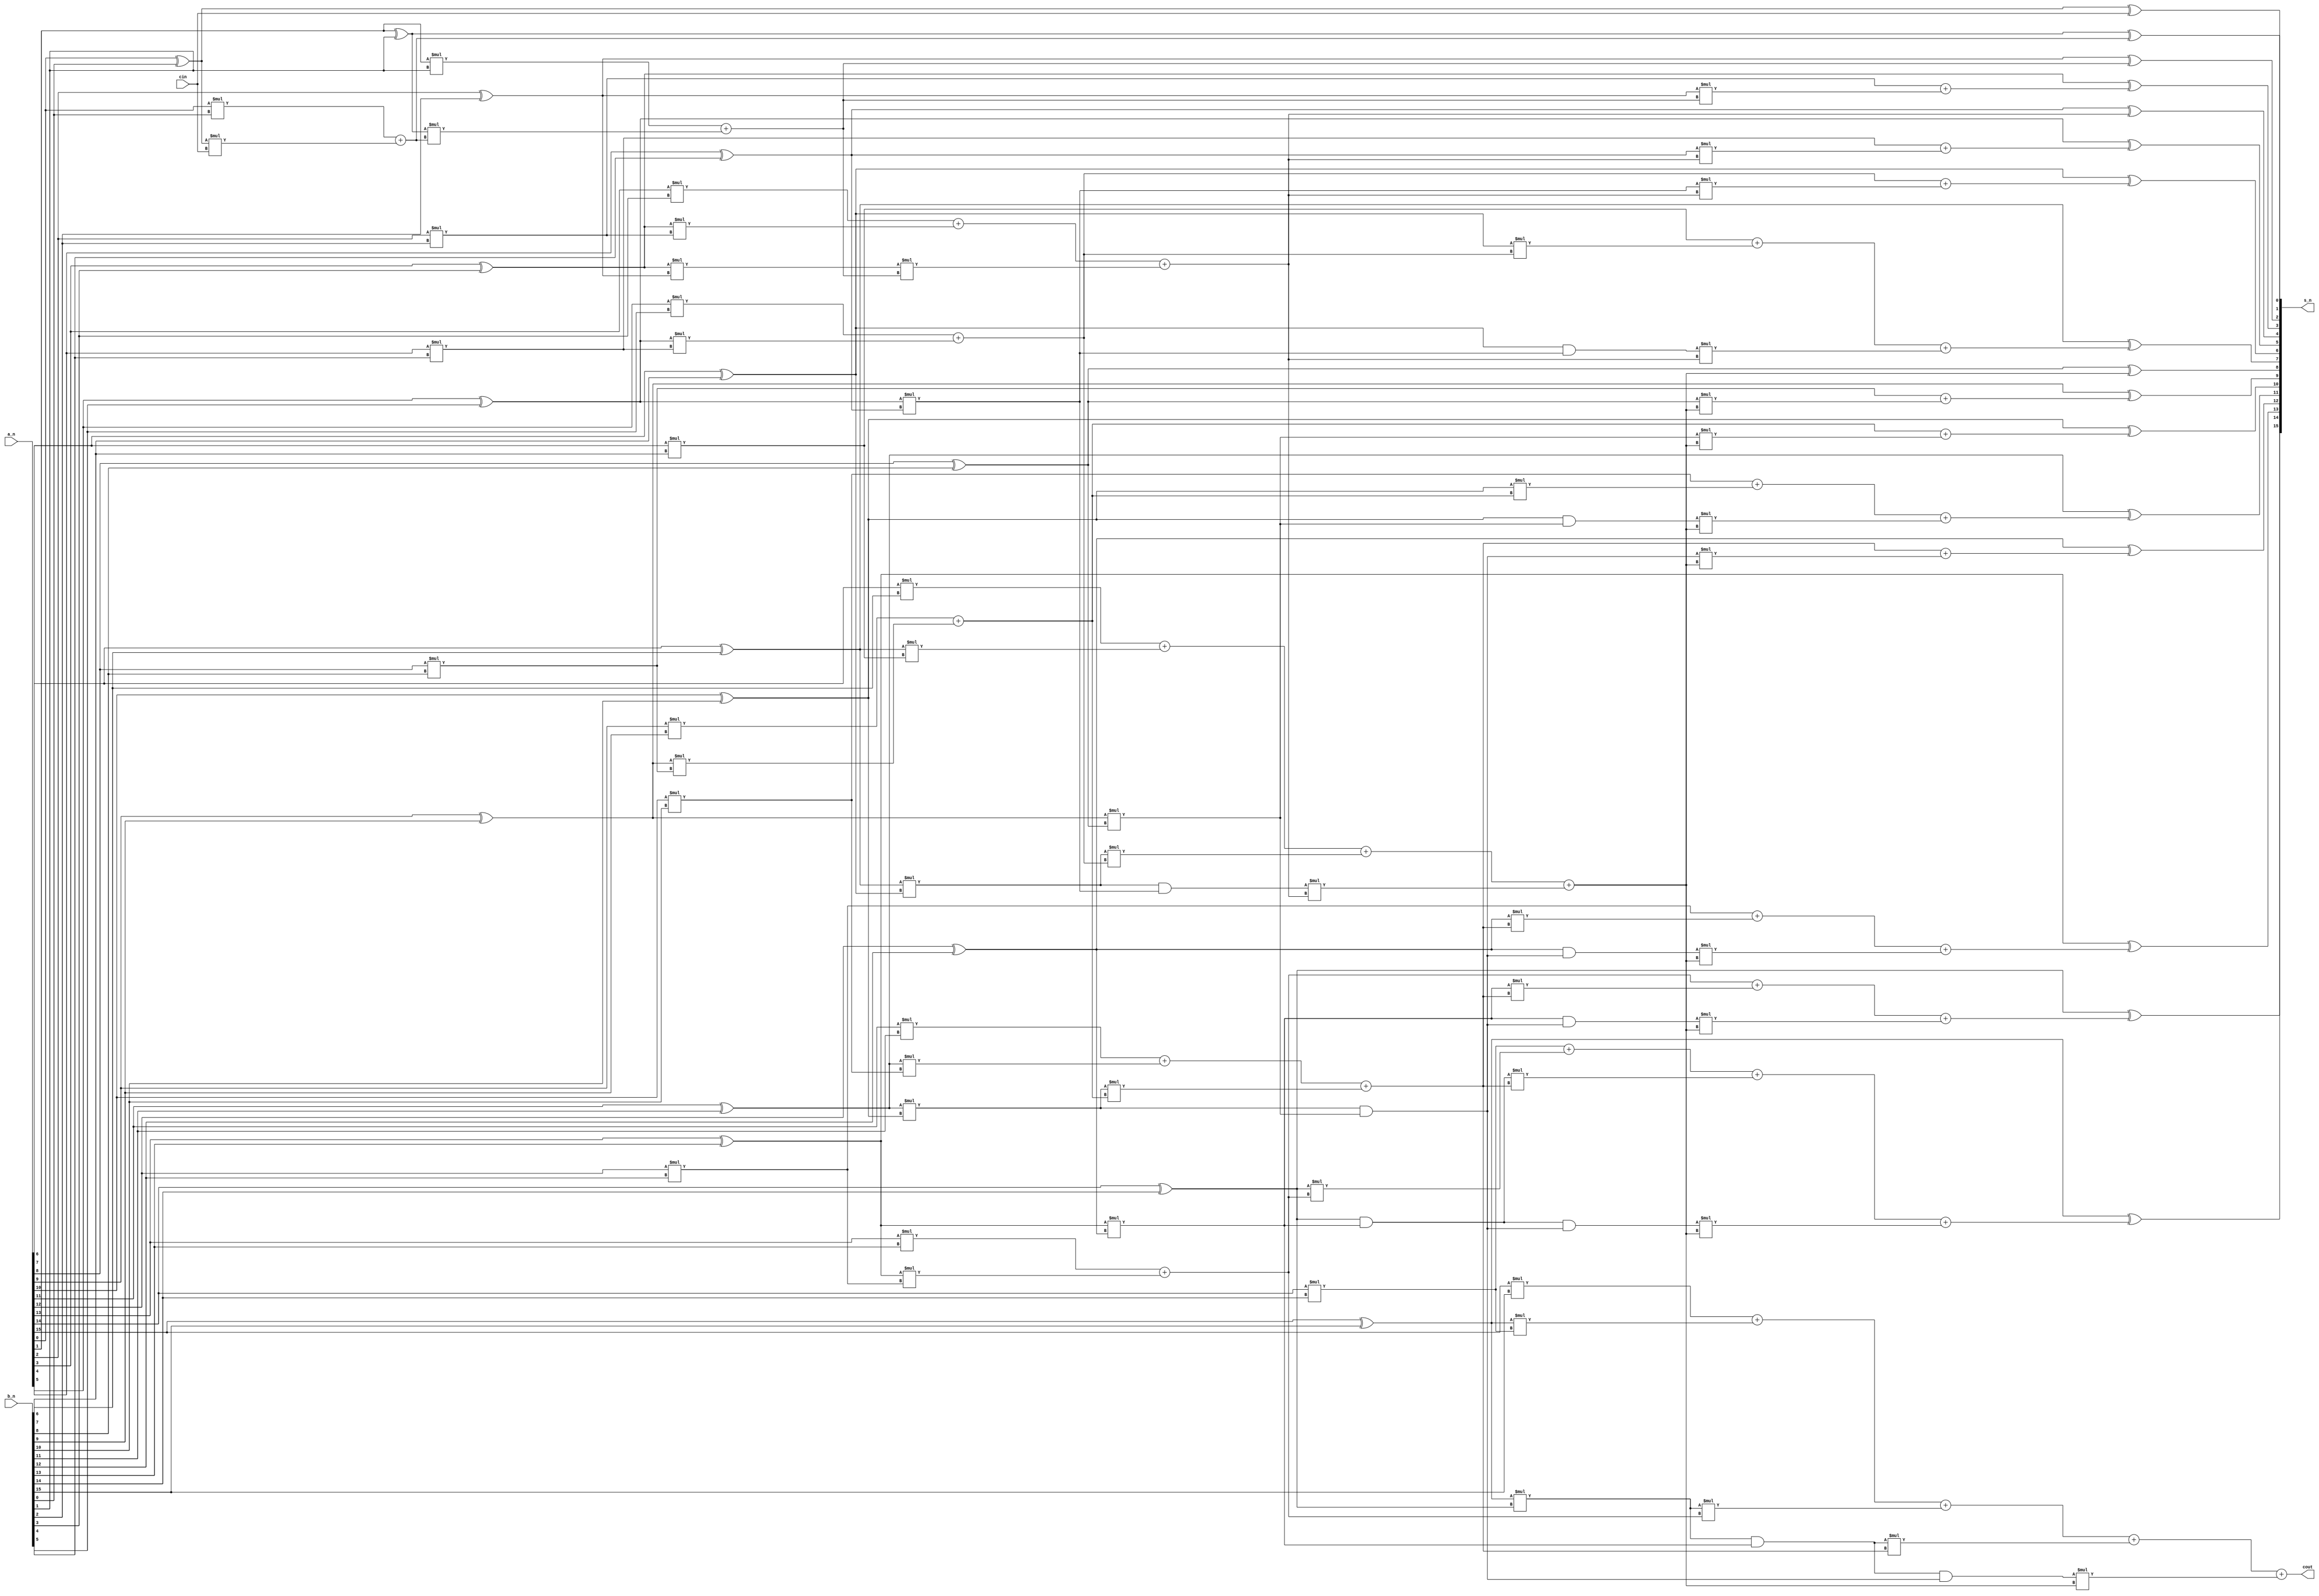
module SKadder_16
#(parameter width = 16)
(
    input [width-1 :0] a_n,
    input [width-1:0] b_n,
    input cin,
    output [width-1:0] s_n,
    output cout
);
genvar i;
wire [width-1:0] g;
wire [width-1:0] p;

//PG
//Gij
wire gij15_14;//gij
wire gij15_12;//gij
wire gij15_8;//gij

wire gij14_12;
wire gij14_8;

wire gij13_12;
wire gij13_8;

wire gij12_8;

wire gij11_10;//gij
wire gij11_8;//gij

wire gij10_8;

wire gij9_8;//gij

wire gij7_6;//gij
wire gij7_4;//gij

wire gij5_4;//gij
wire gij3_2;//gij

wire gij2_1;
//C
wire [width:0] c;//gij
//pij
wire pij15_14;//gij
wire pij15_12;//gij
wire pij15_8;//gij
         
wire pij14_12;
wire pij14_8;
         
wire pij13_12;
wire pij13_8;
         
wire pij12_8;
         
wire pij11_10;//gij
wire pij11_8;//gij
         
wire pij10_8;
         
wire pij9_8;//gij
         
wire pij7_6;//gij
wire pij7_4;//gij
         
wire pij5_4;//gij
wire pij3_2;//gij

//cin
for (i = 0;i<width;i = i+1) begin
    assign p[i] = a_n[i] ^b_n[i];
    assign g[i] = a_n[i] *b_n[i];
end

assign gij1_0    = g[1 ] +  p[1 ] *g[0 ];
assign gij3_2    = g[3 ] +  p[3 ] *g[2 ];
assign gij5_4    = g[5 ] +  p[5 ] *g[4 ];
assign gij7_6    = g[7 ] +  p[7 ] *g[6 ];
assign gij9_8    = g[9 ] +  p[9 ] *g[8 ];
assign gij11_10  = g[11] + p[11]*g[10];
assign gij13_12  = g[13] + p[13]*g[12];
assign gij15_14  = g[15] + p[15]*g[14];

assign pij1_0    =   p[1 ] * p[0  ];
assign pij3_2    =   p[3 ] * p[2  ];
assign pij5_4    =   p[5 ] * p[4  ];
assign pij7_6    =   p[7 ] * p[6  ];
assign pij9_8    =   p[9 ] * p[8  ];
assign pij11_10  = p[11] *p[10 ];
assign pij13_12  = p[13] *p[12 ];
assign pij15_14  = p[15] *p[14 ];

assign gij6_4    = g[6]  +  p[6]  *  gij5_4;
assign gij7_4    = gij7_6 +  pij7_6  *  gij5_4;
assign gij10_8  = g[10]  +  p[10]  *  gij9_8;
assign gij11_8  = gij11_10  +  pij11_10  *  gij9_8;
assign gij14_12= g[14]  +  p[14]  *  gij13_12;
assign gij15_12= gij15_14  +  pij15_14  *  gij13_12;

assign pij6_4    = p[6] &pij5_4;
assign pij7_4    = pij7_6 & pij5_4;
assign pij10_8  = p[10]&pij9_8;
assign pij11_8  = pij11_10&pij9_8;
assign pij14_12= p[14] &pij13_12;
assign pij15_12= pij15_14&pij13_12;

assign gij12_8  = g[12]  +  p[12]  *  gij11_8;
assign gij13_8  = gij13_12  +  pij13_12  *  gij11_8;
assign gij14_8  = gij14_12  +  pij14_12  *  gij11_8;
assign gij15_8  = gij15_12  +  pij15_12  *  gij11_8;

assign pij12_8  = p[12] &pij11_8;
assign pij13_8  =pij13_12&pij11_8;
assign pij14_8  =pij14_12&pij11_8;
assign pij15_8  =pij15_12&pij11_8;
//cin     
assign c[0] = cin;

assign c[1] = g[0]+ p[0] * c[0];
assign c[2] =  g[1]  + p[1]  * c[1];
assign c[3] =  g[2]  + p[2]  * c[2];
assign c[4]  = gij3_2  + pij3_2  * c[2];

assign c[5] =  g[4]  + p[4 ]  * c[4];
assign c[6] = gij5_4 +pij5_4 *c[4];
assign c[7] =gij6_4 + pij6_4 *c[4];
assign c[8] =gij7_4 +pij7_4 * c[4];

assign c[9 ] =  g[8 ]  + p[8 ]  * c[8];
assign c[10] =gij9_8 +pij9_8 *c[8];
assign c[11] =gij10_8 +pij10_8 *c[8];
assign c[12] =gij11_8 +pij11_8 *c[8];
assign c[13] =gij12_8 +pij12_8 *c[8];
assign c[14] =gij13_8 +pij13_8 *c[8];
assign c[15] =gij14_8 +pij14_8 *c[8];
assign c[16] =gij15_8 +pij15_8 *c[8];

assign cout = c[16];
genvar k;  
for( k=0; k<width; k=k+1) begin
    assign s_n[k] = p[k] ^ c[k];
end        
endmodule